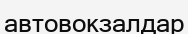
автовокзалдар